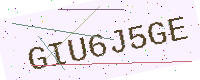
Text: GIU6J5GE